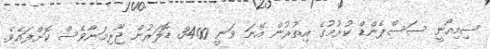
ސިމިއޯނީ ސަސްޕެންޑް ކުރުމުގެ އިތުރުން އޭނަ ވަނީ 3400 ޑޮލަރުން ޖޫރިމަނާވެސް ކޮށްފައެވެ.